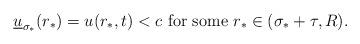
LaTeX: \begin{align*} \underline u_{\sigma_*}(r_*)= u(r_*,t)<c \mbox{ for some } r_*\in (\sigma_*+\tau,R).\end{align*}